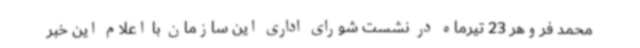
محمد فروهر 23 تیرماه در نشست شورای اداری این سازمان با اعلام این خبر